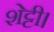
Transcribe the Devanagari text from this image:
शेट्टी।